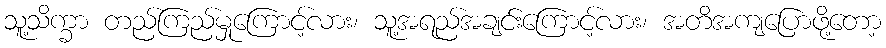
သူ့သိက္ခာ တည်ကြည်မှုကြောင့်လား၊ သူ့အရည်အချင်းကြောင့်လား၊ အတိအကျပြောဖို့တော့